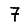
Digit: 7